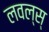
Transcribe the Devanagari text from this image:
लवल्स्